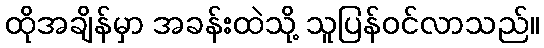
ထိုအချိန်မှာ အခန်းထဲသို့ သူပြန်ဝင်လာသည်။